Insane asylums Bombay 1873-77 - 1873-1877
Year: 1873
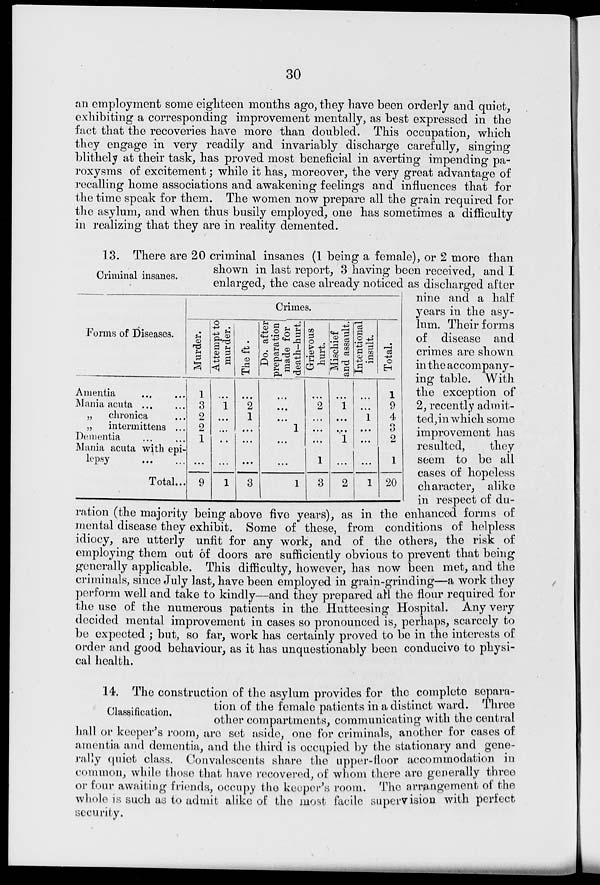
30
an employment some eighteen months ago, they have been orderly and quiet,
exhibiting a corresponding improvement mentally, as best expressed in the
fact that the recoveries have more than doubled. This occupation, which
they engage in very readily and invariably discharge carefully, singing
blithely at their task, has proved most beneficial in averting impending pa-
roxysms of excitement ; while it has, moreover, the very great advantage of
recalling home associations and awakening feelings and influences that for
the time speak for them. The women now prepare all the grain required for
the asylum, and when thus busily employed, one has sometimes a difficulty
in realizing that they are in reality demented.
Criminal insanes.
Forms of Diseases.
Amentia ... ...
Mania acuta
...
...
„
chronica ...
„
intermittens ...
Dementia ... ...
Mania acuta with epi-
lepsy
...
...
Total...
Crimes.
Murder.
1
3
2
2
1
..
9
Attempt to
murder.
...
1
...
...
...
...
1
The ft.
...
2
1
...
...
...
3
Do. after
preparation
made for
death-hurt.
...
...
...
1
...
...
1
Grievous
hurt.
...
2
...
...
...
1
3
Mischief
and assault.
...
1
...
...
1
...
2
Intentional
insult.
...
...
1
...
...
...
1
Total.
1
9
4
3
2
1
20
13. There are 20 criminal insanes (1 being a female), or 2 more than
shown in last report, 3 having been received, and I
enlarged, the case already noticed as discharged after
nine and a half
years in the asy-
lum. Their forms
of disease and
crimes are shown
in the accompany-
ing table. With
the exception of
2, recently admit-
ted, in which some
improvement has
resulted,
they
seem to be all
cases of hopeless
character, alike
in respect of du-
ration (the majority being above five years), as in the enhanced forms of
mental disease they exhibit. Some of these, from conditions of helpless
idiocy, are utterly unfit for any work, and of the others, the risk of
employing them out of doors are sufficiently obvious to prevent that being
generally applicable. This difficulty, however, has now been met, and the
criminals, since July last, have been employed in grain-grinding—a work they
perform well and take to kindly—and they prepared all the flour required for
the use of the numerous patients in the Hutteesing Hospital. Any very
decided mental improvement in cases so pronounced is, perhaps, scarcely to
be expected ; but, so far, work has certainly proved to be in the interests of
order and good behaviour, as it has unquestionably been conducive to physi-
cal health.
Classification.
14. The construction of the asylum provides for the complete separa-
tion of the female patients in a distinct ward. Three
other compartments, communicating with the central
hall or keeper's room, arc set aside, one for criminals, another for cases of
amentia and dementia, and the third is occupied by the stationary and gene-
rally quiet class. Convalescents share the upper-floor accommodation in
common, while those that have recovered, of whom there are generally three
or four awaiting friends, occupy the keeper's room. The arrangement of the
whole is such as to admit alike of the most facile supervision with perfect
security.